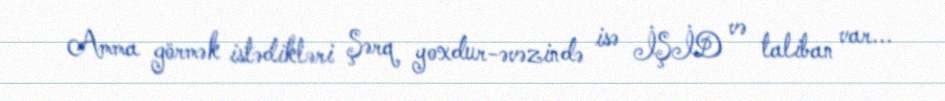
Amma görmək istədikləri Şərq yoxdur-əvəzində isə İŞİD və taliban var...